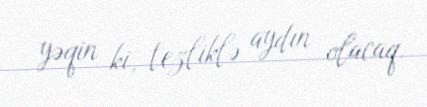
yəqin ki, tezliklə aydın olacaq.